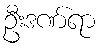
ဦးဒဏ်ရာ